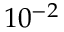
1 0 ^ { - 2 }